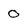
Character: 0